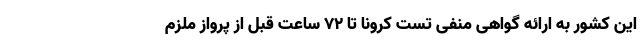
این کشور به ارائه گواهی منفی تست کرونا تا ۷۲ ساعت قبل از پرواز ملزم